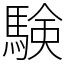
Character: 験